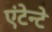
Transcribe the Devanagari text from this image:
एंटेन्टे